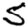
Digit: 5